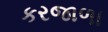
કરજાળા